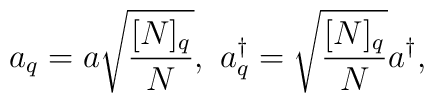
a_q = a \sqrt{\frac{[N]_q}{N}},~a_q^\dagger = \sqrt{\frac{[N]_q}{N}}a^\dagger,